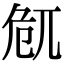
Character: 𠨜